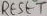
Text: RESET